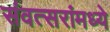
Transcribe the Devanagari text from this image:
संवत्सरांमध्ये